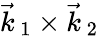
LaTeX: \vec{k}_{\, 1}\times\vec{k}_{\, 2}